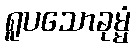
ရူပသောခုမ္မံ